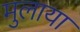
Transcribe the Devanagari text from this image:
मुलाया